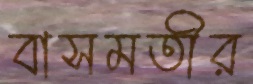
বাসমতীর